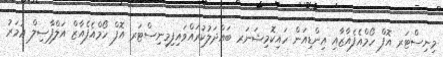
މިނިސްޓަރ އޮފް ހޯމްއެފެއާޒާއި އިންޑިއަން ހައިކޮމިޝަނަރ ބައްދަލުކުރައްވައިފިމިނިސްޓަރ އޮފް ހޯމްއެފެއާޒް އަލްފާޟިލް ޢުމަރު